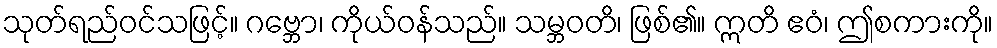
သုတ်ရည်ဝင်သဖြင့်။ ဂဗ္ဘော၊ ကိုယ်ဝန်သည်။ သမ္ဘဝတိ၊ ဖြစ်၏။ ဣတိ ဧဝံ၊ ဤစကားကို။